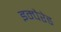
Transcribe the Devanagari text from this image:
इम्पैरेड